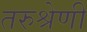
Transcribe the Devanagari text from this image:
तरुश्रेणी